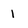
Character: 1